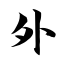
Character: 外